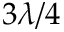
3 \lambda / 4